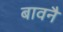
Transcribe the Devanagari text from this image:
बावनै